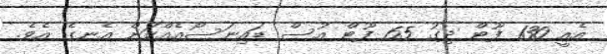
އެއީ 130 ފޫޓް ދިގު 65 ފޫޓް އުސް ޑައިނަސޯއެއްކަން އެނގެ އެވެ.